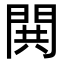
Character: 閧